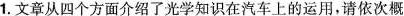
1.文章从四个方面介绍了光学知识在汽车上的运用，请依次概